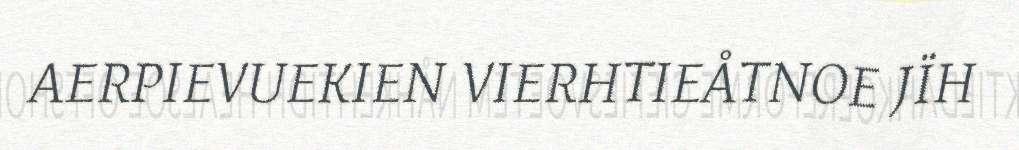
AERPIEVUEKIEN VIERHTIEÅTNOE JÏH